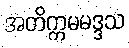
အတိက္ကမမဒ္ဒသ